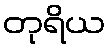
တုရိယ